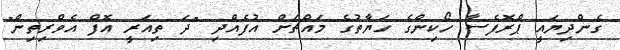
ގެންދިޔައީ ޕްރޮފެސާ ހޯކިންގެ ހަޔާތުގެ މައްޗަށް އުފެއްދި "ދަ ތިއަރީ އޮފް އެވްރިތިން"